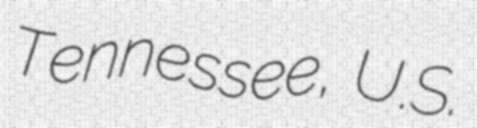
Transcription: Tennessee, U.S.